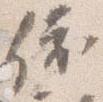
依